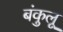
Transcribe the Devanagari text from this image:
बंकुलू